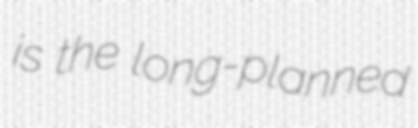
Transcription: is the long-planned